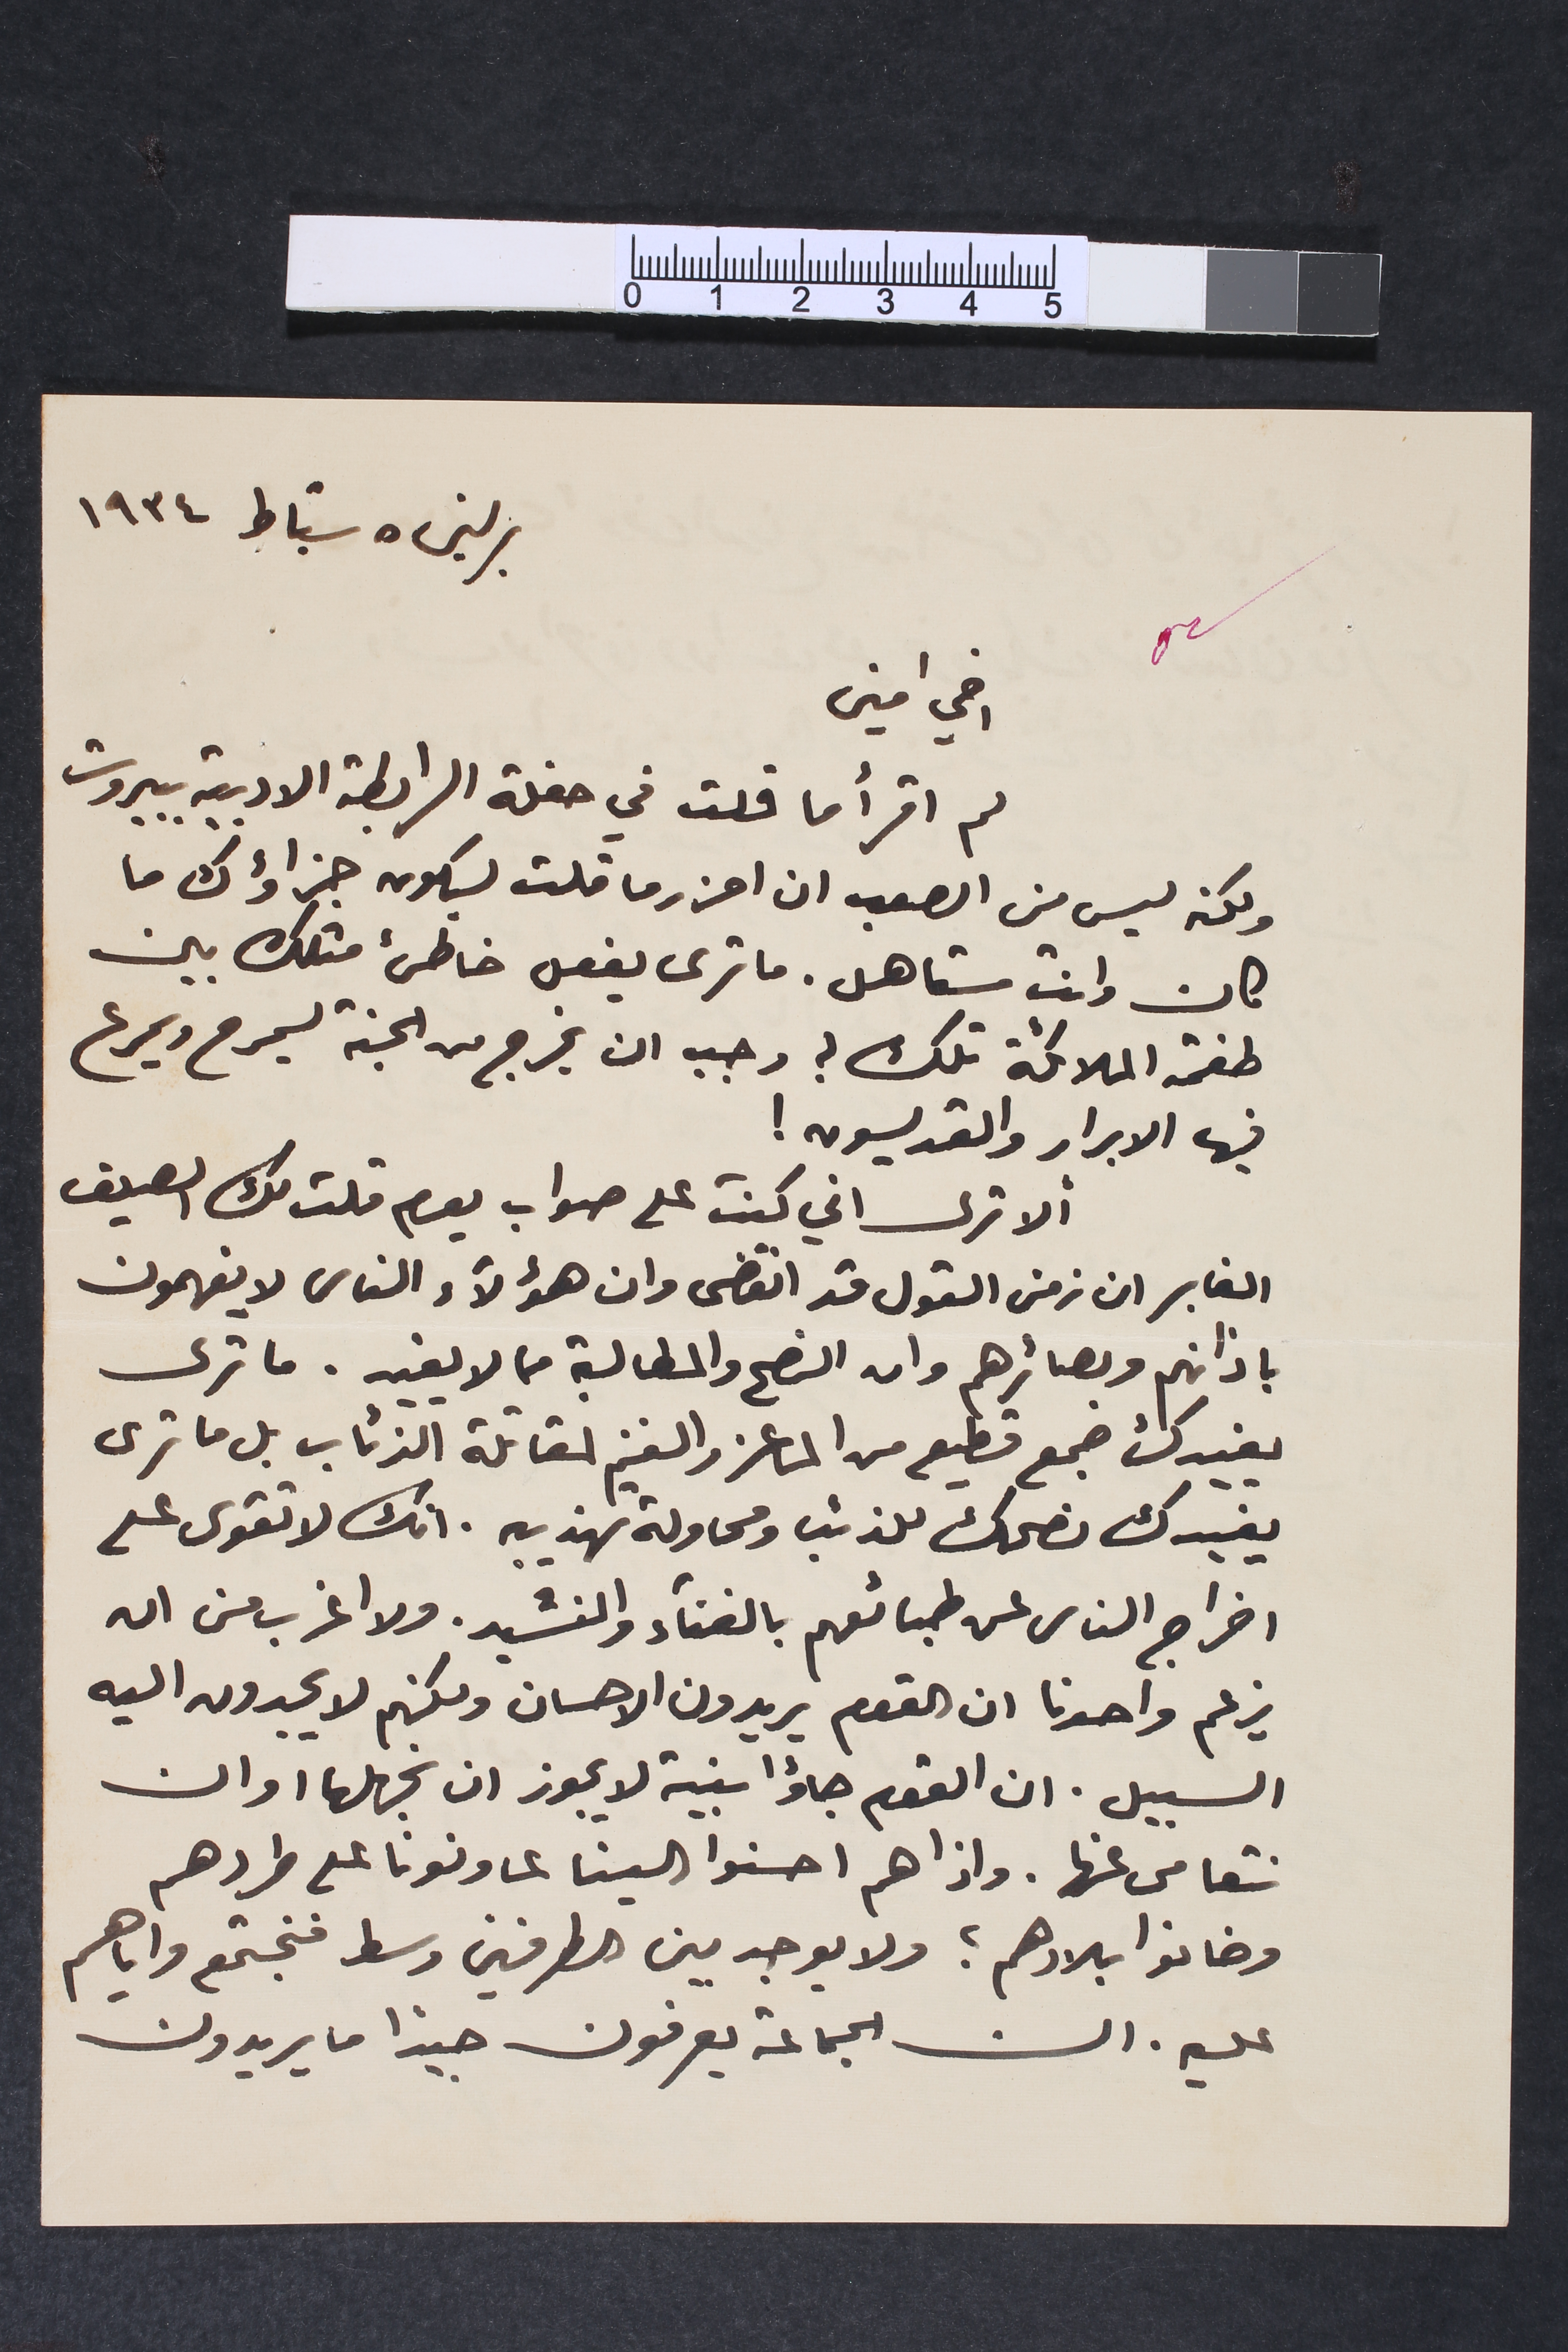
برلين ٥ شباط ١٩٣٤
اخي امين
لم اقرأ ما قلت في حفلة الرابطة الادبية ببروت
ولكن ليس من الصعب ان احزر ما قلت ليكون جزاؤك ما
كان وانت مستاهل. ما ترى يفعل خاطئ مثلك بين
طغمة الملائكة تلك ؟ وجب ان يخرج من الجنة ليمرح ويمرع
فيها الابرار والقديسون!

ألا ترى اني كنت على صواب يوم قلت لك الصيف
الغابر ان زمن القول قد انقضى وان هؤلاء الناس لا يفهمون
باذانهم وبصائرهم وان النصح والمطالبة مما لا يفيد. ما ترى
يفيدك جمع قطيع من الماعز والغنم لمقاتلة الذئاب بل ما ترى
يفيدك نصحك للذئب ومحاولة تهذيبه. انك لا تقوى على
اخراج الناس عن طبائعهم بالغناء والنشيد. ولا اغرب من ان
يزعم واحدنا ان القوم يريدون الاحسان ولكنهم لا يجدون اليه
السبيل. ان القوم جاؤا بنية لا يجوز ان نجهلها او ان
نتعامى عنها. واذا هم احسنوا الينا عاونونا على طردهم
وخانوا بلادهم؟ ولا يوجد بين الطرفين وسط فنجتمع واياهم
عليه. ان الجماعة يعرفون جيدًا ما يريدون